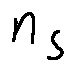
n _ { S }